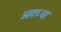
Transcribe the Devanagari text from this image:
आवघ्या